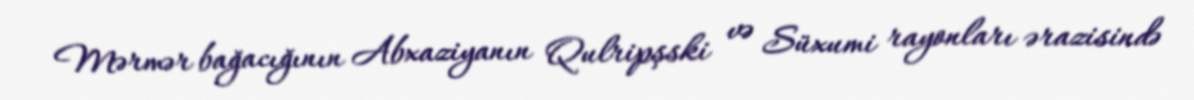
Mərmər bağacığının Abxaziyanın Qulripşski və Süxumi rayonları ərazisində